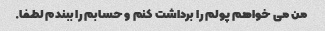
من می خواهم پولم را برداشت کنم و حسابم را ببندم لطفا.